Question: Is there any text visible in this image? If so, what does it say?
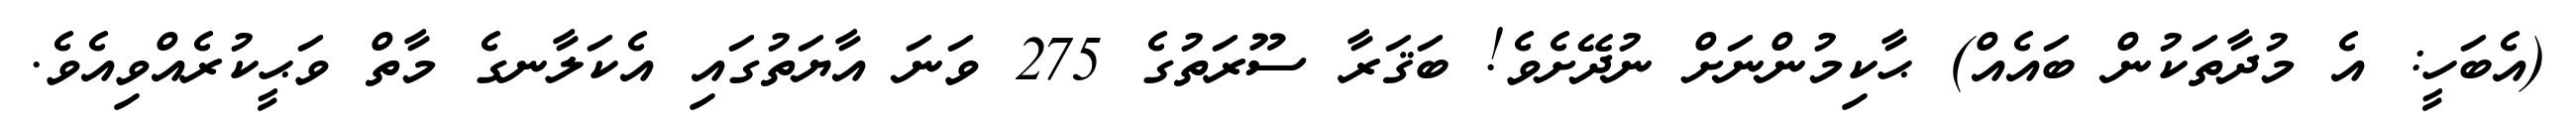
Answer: (އެބަހީ: އެ މުދާތަކުން ބައެއް) ޙާކިމުންނަށް ނުދޭށެވެ! ބަޤަރާ ސޫރަތުގެ 275 ވަނަ އާޔަތުގައި އެކަލާނގެ މާތް ވަޙީކުރެއްވިއެވެ.